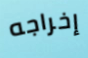
إخراجه